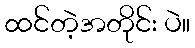
ထင်တဲ့အတိုင်း ပဲ။